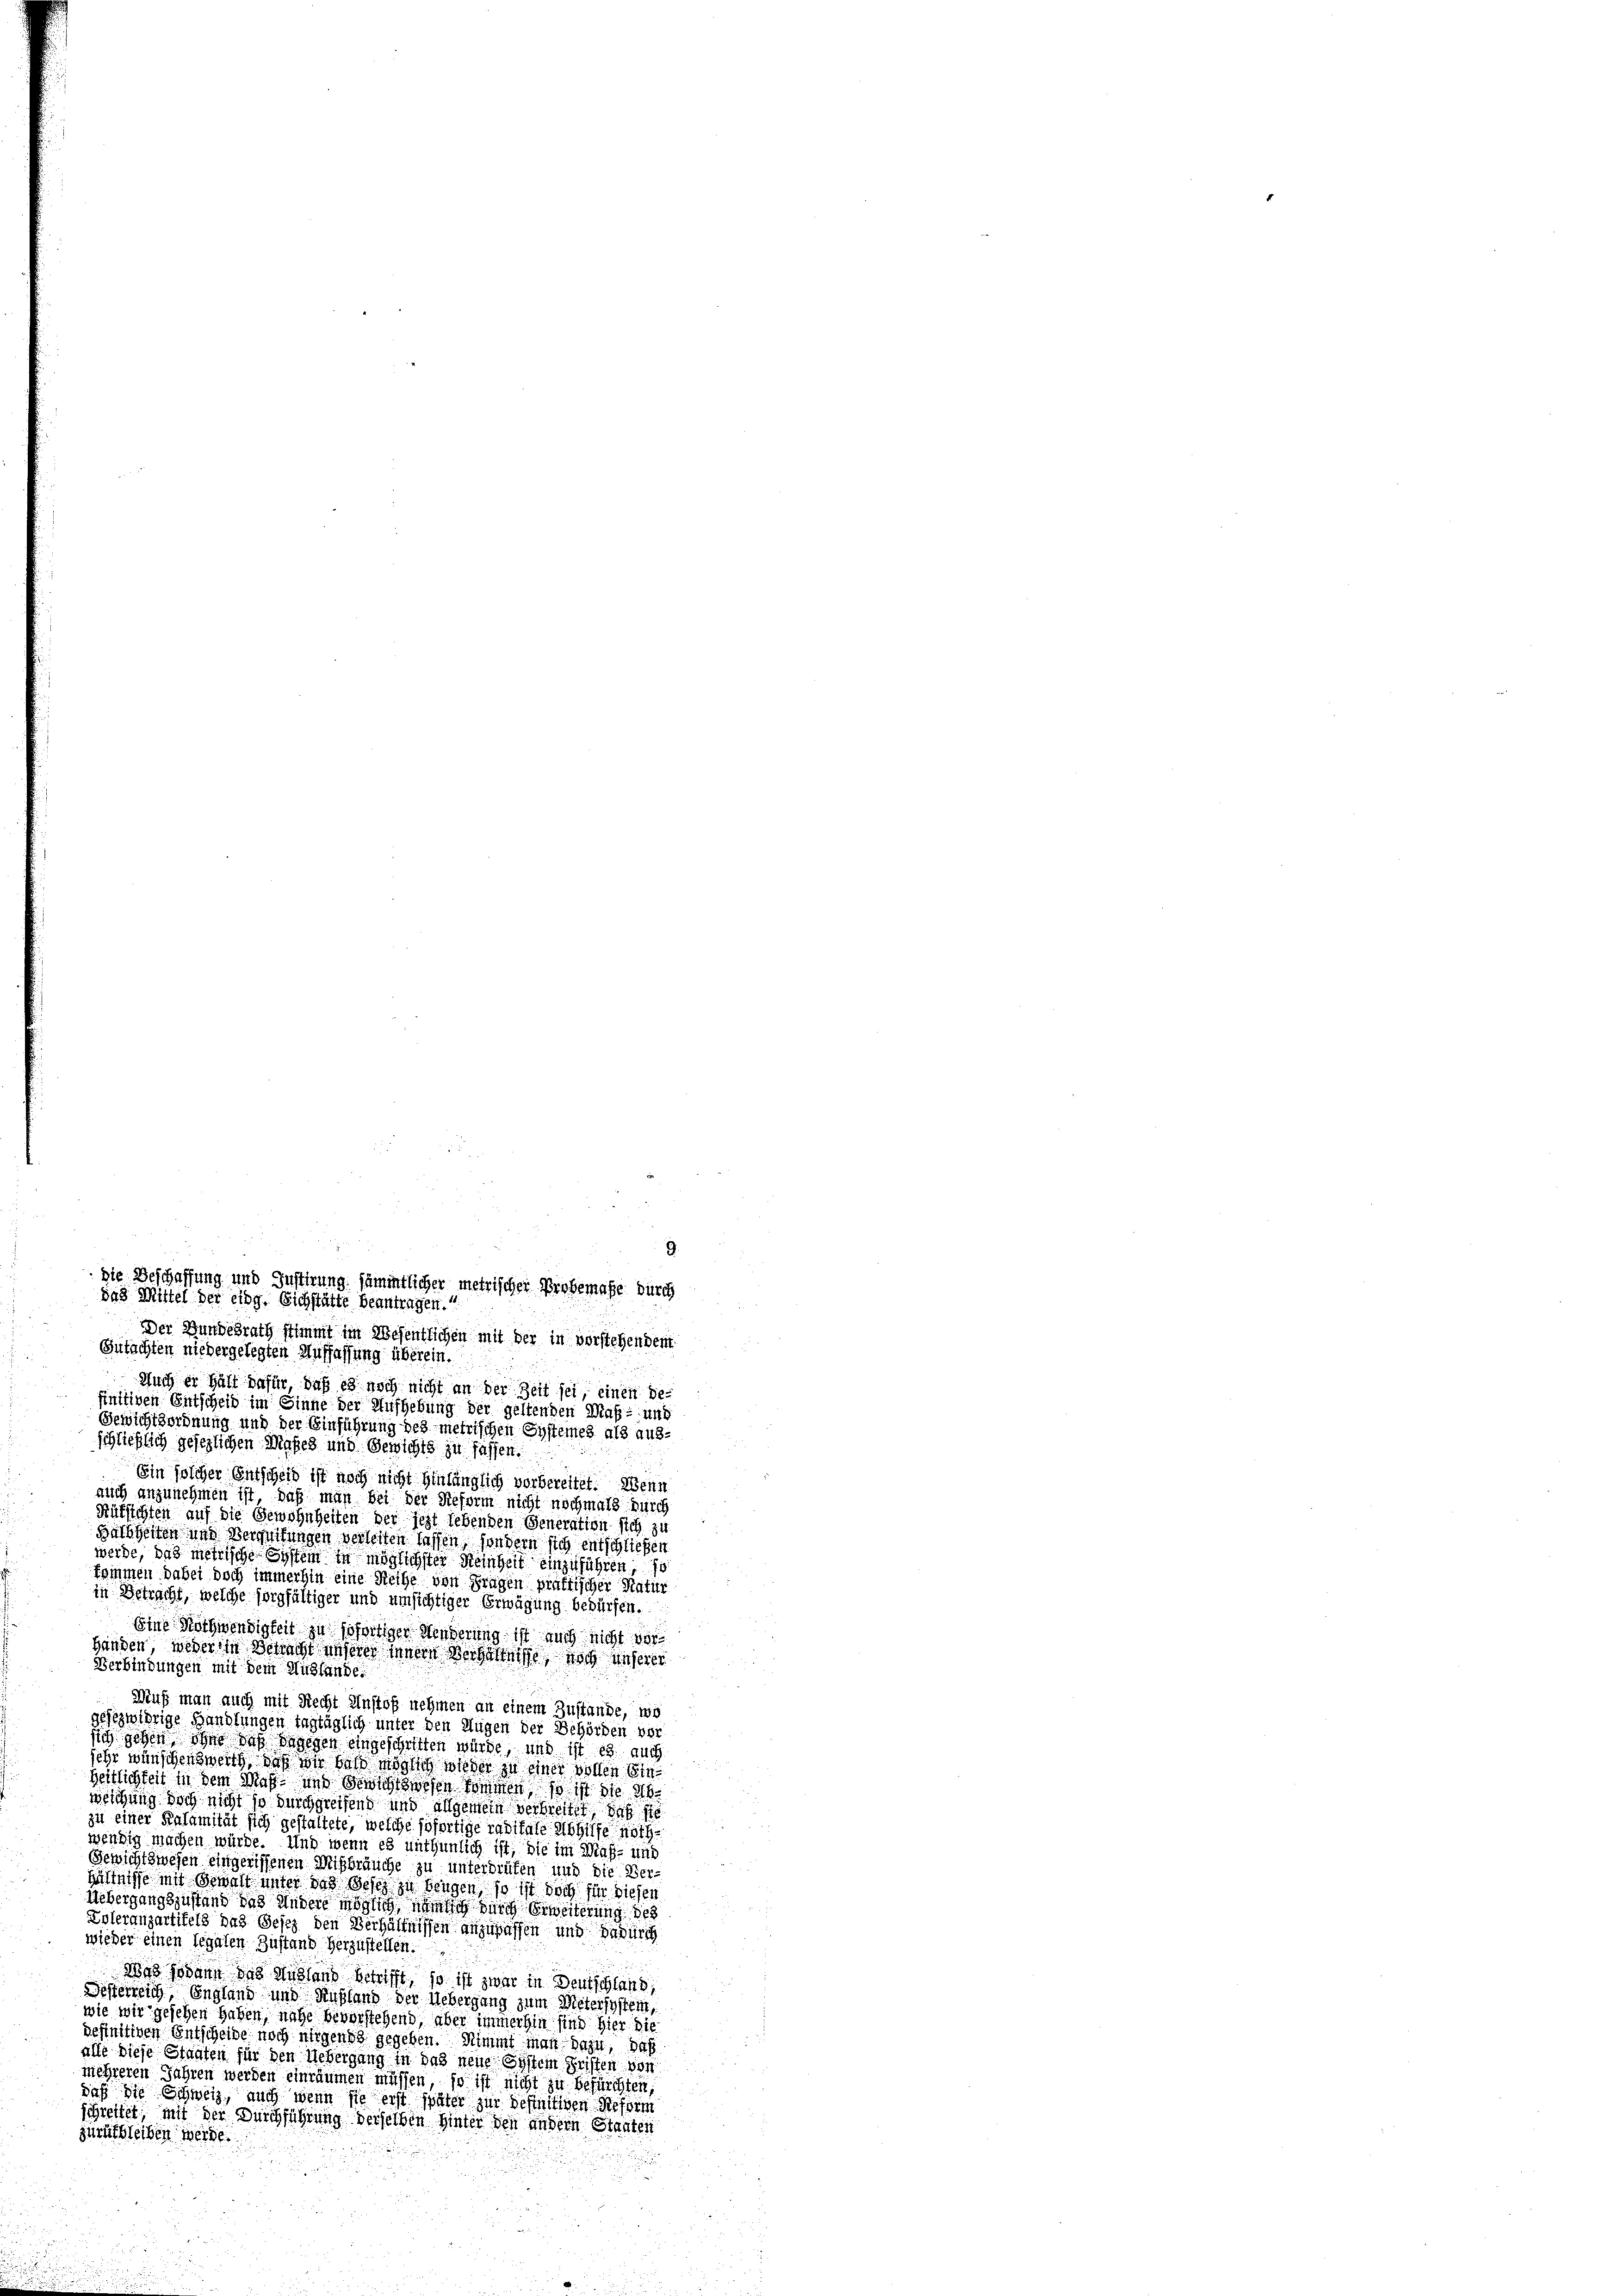
Der Bundesrath stimmt im Wesentlichen mit der in vorstehendent
Gutachten niedergelegten Auffassung überein.
Auch er hält dafür, daß es noch nicht an der Zeit sei, einen befinitiven Entscheid im Sinne der Aufhebung der geltenden Maß- und
Gewichtsordnung und der Einführung des metrischen Systemes als ausschließlich gesezlichen Maßes und Gewichts zu fassen.
Ein solcher Entscheid ist noch nicht hinlänglich vorbereitet. Wenn
auch anzunehmen ist, daß man bei der Reform nicht nochmals durch
Rüksichten auf die Gewohnheiten der jezt lebenden Generation sich zu
Halbheiten und Vergrifungen verleiten lassen, sondern sich entschließen
werde, das metrische System in möglichster Reinheit einzuführen so
kommen dabei doch immerhin eine Reihe von Fragen praktischer Natur
in Betracht, welche sorgfältiger und umsichtiger Erwägung bedürfen.
Eine Nothwendigkeit zu sofortiger Minderung ist auch nicht vor
Handen, weder in Betracht unserer innern Verhältnisse, noch unserer
Verbindungen mit dem Auslände.
Wuß man auch mit Recht Anstöß nehmen an einem Zustande, wo
gesezwihrige Handlungen tagtäglich unter den Augen der Behörden ver
sich gehen, ohne daß dagegen eingeschritten würde, und ist es auch
sehr wünschen zweit, daß wir das möglich wieder zu einer vollen Einheitlichkeit in dem Maß- und Gewichtswesen kommen, so ist die A
weichung doch nicht so durchgreifend und allgemein verbreitet, daß sie
zu einer Kalamität sich gestaltete, welche sofortige raditate Abhilfe nöth
wendig machen würde. Und wenn es unthunlich ist, die im Maß- und
Gewichtswesen eingerissenen Mißbräuche zu unterbrüfen und die Ver-
hältnisse mit Gewalt unter das Gesez zu beugen, so ist doch für diesen
Uebergangszustand das Andere möglich nämlich durch Erweiterung des
Zoleranzartifels das Gesez den Verhältnissen anzupassen und dadurch
wieder einen legalen Zustand herzustellen.
Was sodann das Ausland betrifft, so ist zwar in Deutschlans,
Desterreich, England und Rußland der Uebergang zum Metersystem,
wie wir gesehen haben, nahe bevorstehend, aber immerhin sind hier die
befinitiven Entscheide noch nirgens gegeben. Nimmt man dazu, daß
alle diese Staaten für den Uebergang in das neue System Fristen von
mehreren Jahren werden einräumen müssen, so ist nicht zu befürchten,
daß die Schweiz, auch wenn sie erst später zur Befinitiven Reform
schreitet, mit der Durchführung derselben hinter den andern Stanten
zurükbleiben werde.
.
3

9.
Die Beschaffung und Justirung sämmtlicher metrischen Probemasse durch
das Mittel der eidg. Sichstätte beantragen.“

2
25